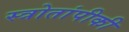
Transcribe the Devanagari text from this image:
स्त्रोतांपीकी